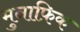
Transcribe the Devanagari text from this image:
मुनाफ़िक